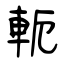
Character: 軛